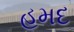
હમદ